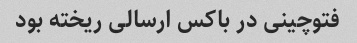
فتوچینی در باکس ارسالی ریخته بود